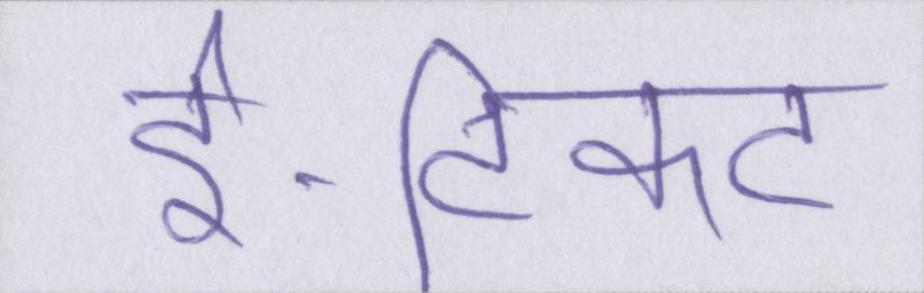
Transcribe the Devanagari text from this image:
ई-टिकट